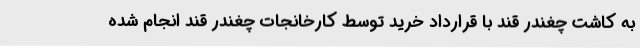
به کاشت چغندر قند با قرارداد خرید توسط کارخانجات چغندر قند انجام شده